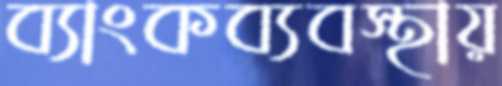
ব্যাংকব্যবস্থায়